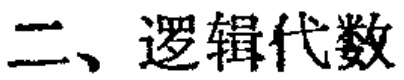
二、逻辑代数